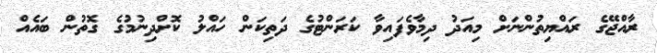
ރާއްޖޭގެ ރައްޔިތުންނަށް މިއަދު ދިމާވެފައިވާ ކަރަންޓުގެ ދަތިކަން ހައްލު ކޮށްދިނުމުގެ ގޮތުން ބައެއް